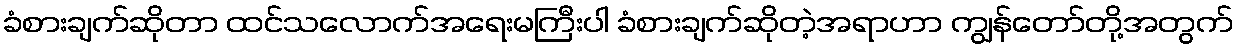
ခံစားချက်ဆိုတာ ထင်သလောက်အရေးမကြီးပါ ခံစားချက်ဆိုတဲ့အရာဟာ ကျွန်တော်တို့အတွက်